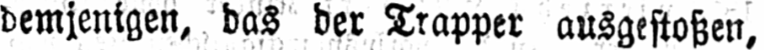
demjenigen, das der Trapper ausgestoßen,